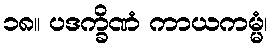
၁၈။ ပဒက္ခိဏံ ကာယကမ္မံ၊